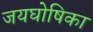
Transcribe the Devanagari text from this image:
जयघोषिका